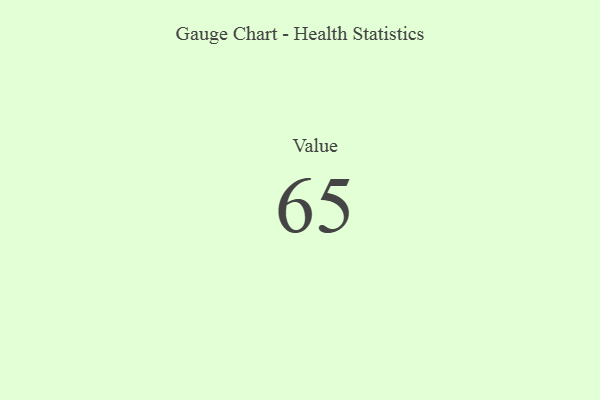
{"axis": {"x": "Metric", "y": "Value"}, "legend": [""], "data": [{"x": "Value", "y": 65, "type": ""}]}